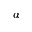
\alpha